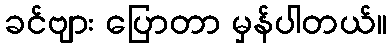
ခင်ဗျား ပြောတာ မှန်ပါတယ်။